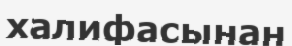
халифасынан